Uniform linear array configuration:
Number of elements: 12
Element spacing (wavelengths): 0.75
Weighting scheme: blackman
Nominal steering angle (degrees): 45
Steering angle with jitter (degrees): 43.373
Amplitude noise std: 0.05
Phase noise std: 0.05

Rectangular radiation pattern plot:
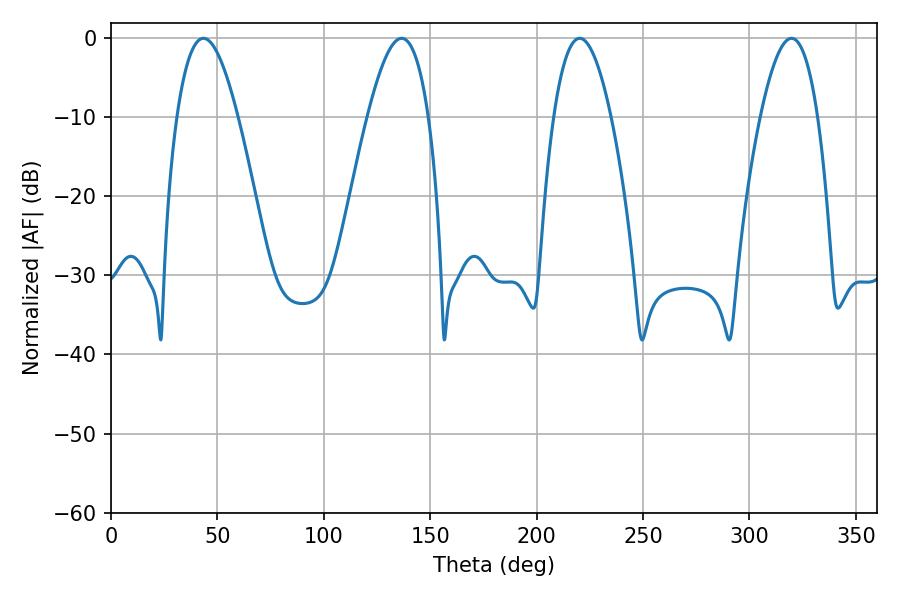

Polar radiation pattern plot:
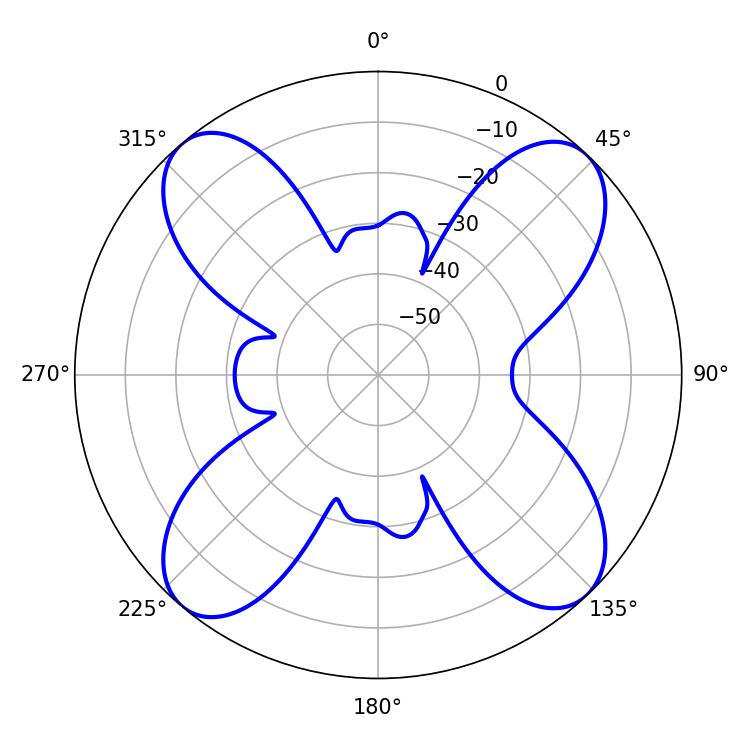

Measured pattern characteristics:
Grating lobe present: TRUE
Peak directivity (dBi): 16.069
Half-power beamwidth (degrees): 15.66
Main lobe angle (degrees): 43.38